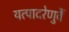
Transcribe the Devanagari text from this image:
यत्पादरेणुर्वै